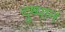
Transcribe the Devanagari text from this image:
दुष्पानं